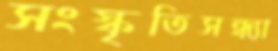
সংস্কৃতিসন্ধ্যা